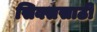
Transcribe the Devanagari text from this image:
सिक्ससाठी